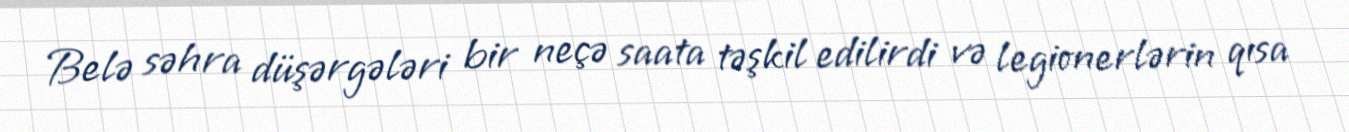
Belə səhra düşərgələri bir neçə saata təşkil edilirdi və legionerlərin qısa